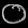
Digit: ၀